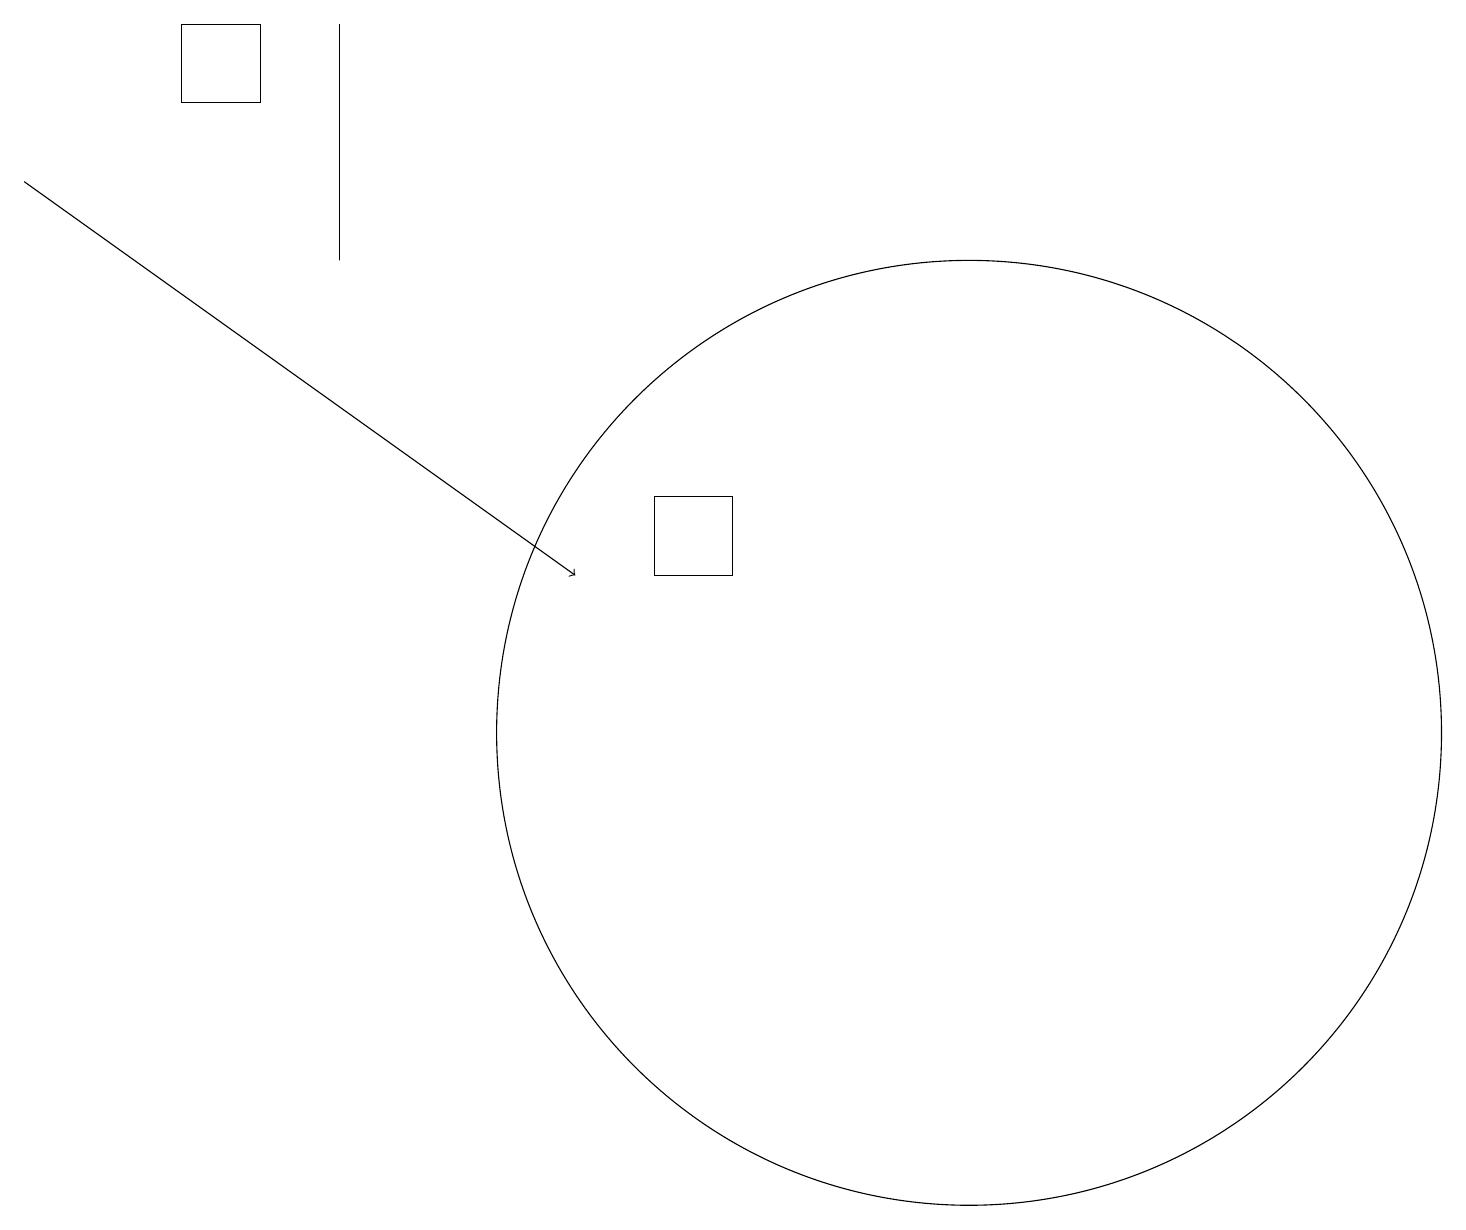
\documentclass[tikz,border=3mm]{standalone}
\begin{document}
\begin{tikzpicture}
\draw (4,19) rectangle (4,16);
\draw (12,10) circle (6);
\draw (3,18) rectangle (2,19);
\draw[->] (0,17) -- (7,12);
\draw (9,13) rectangle (8,12);
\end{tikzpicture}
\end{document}